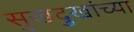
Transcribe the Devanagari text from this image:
सुखदुखांच्या